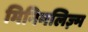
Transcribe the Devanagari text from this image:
मिनिमलिज़्म